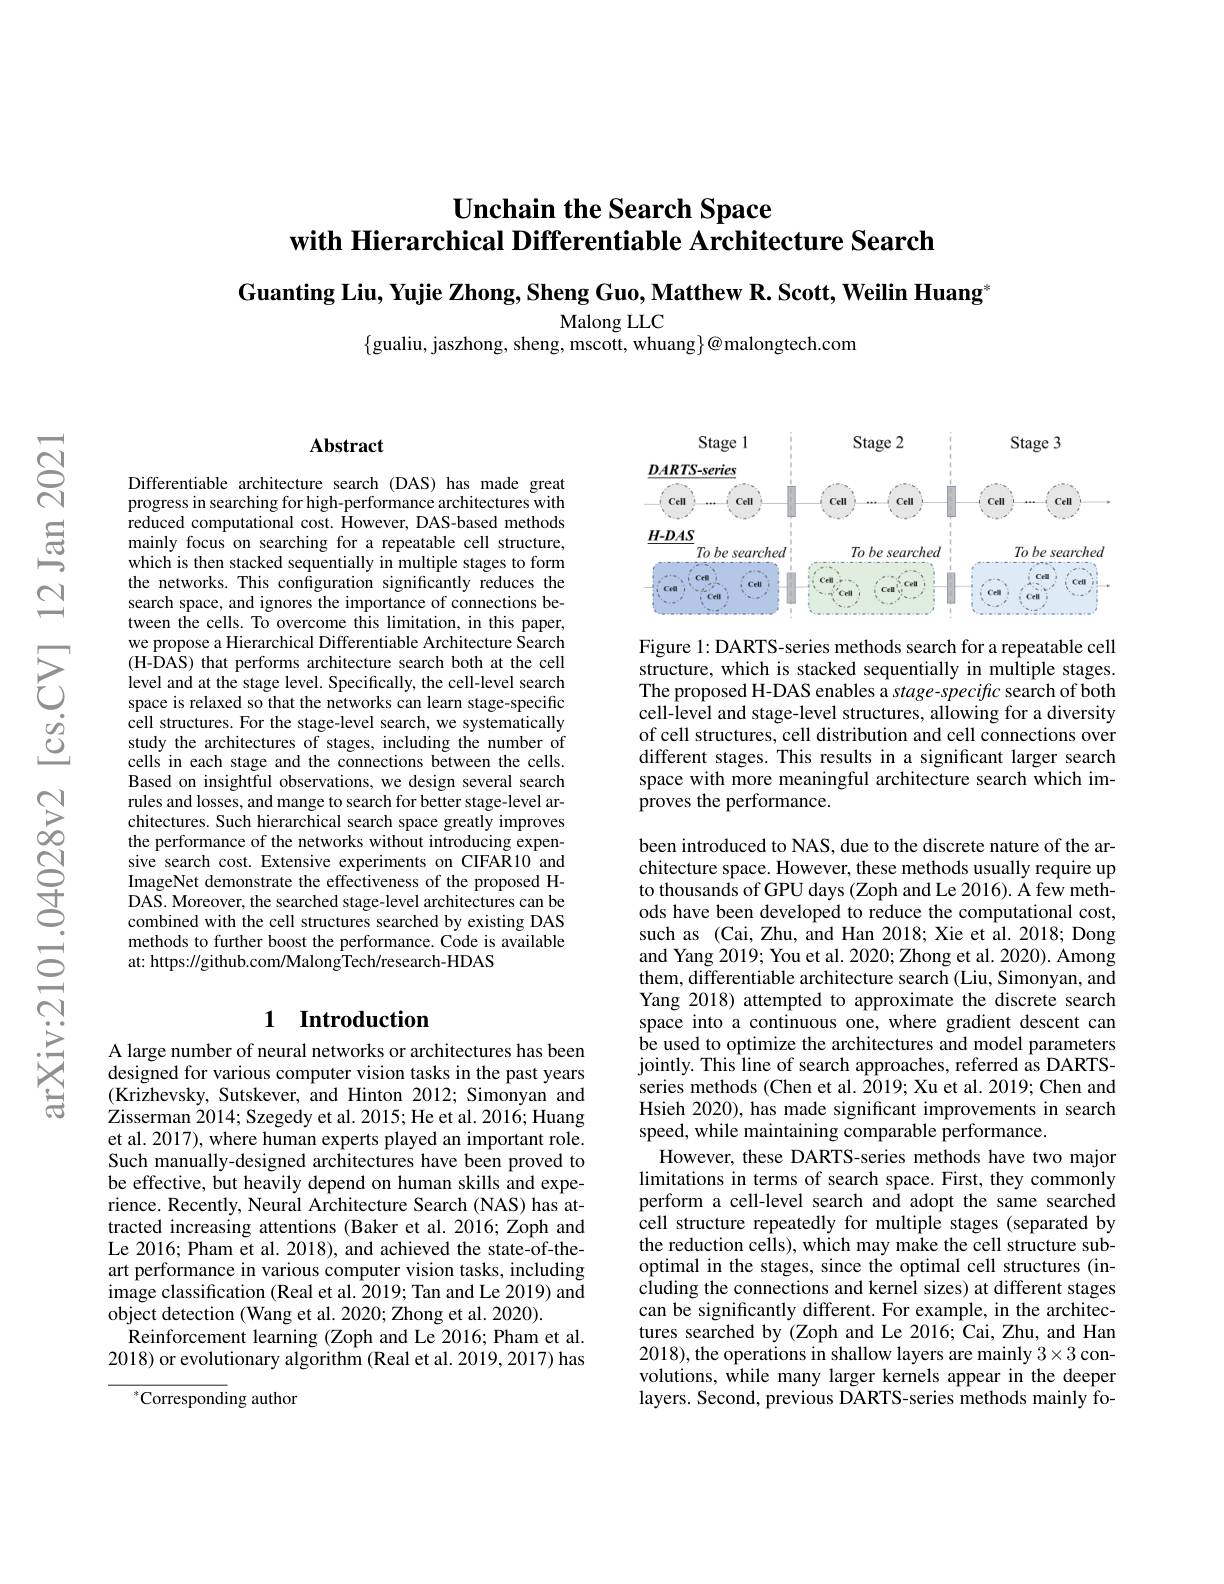
# Unchain the Search Space with Hierarchical Differentiable Architecture Search

Guanting Liu, Yujie Zhong, Sheng Guo, Matthew R. Scott, Weilin Huang

Malong LLC
$\{$gualiu, jaszhong, sheng, mscott, whuang$\}@$malongtech.com

### $\mathbf{Abstract}$

Differentiable architecture search (DAS) has made great progress in searching for high-performance architectures with reduced computational cost. However, DAS-based methods mainly focus on searching for a repeatable cell structure, which is then stacked sequentially in multiple stages to form the networks. This configuration significantly reduces the search space, and ignores the importance of connections between the cells. To overcome this limitation, in this paper, we propose a Hierarchical Differentiable Architecture Search (H-DAS) that performs architecture search both at the cell level and at the stage level. Specifically, the cell-level search space is relaxed so that the networks can learn stage-specific cell structures. For the stage-level search, we systematically study the architectures of stages, including the number of cells in each stage and the connections between the cells. Based on insightful observations, we design several search rules and losses, and mange to search for better stage-level architectures. Such hierarchical search space greatly improves the performance of the networks without introducing expensive search cost. Extensive experiments on CIFAR10 and ImageNet demonstrate the effectiveness of the proposed HDAS. Moreover, the searched stage-level architectures can be combined with the cell structures searched by existing DAS methods to further boost the performance. Code is available at: https://github.com/MalongTech/research-HDAS

## 1 Introduction

A large number of neural networks or architectures has been designed for various computer vision tasks in the past years (Krizhevsky, Sutskever, and Hinton 2012; Simonyan and Zisserman 2014; Szegedy et al. 2015; He et al. 2016; Huang et al. 2017), where human experts played an important role. Such manually-designed architectures have been proved to be effective, but heavily depend on human skills and experience. Recently, Neural Architecture Search (NAS) has attracted increasing attentions (Baker et al.2016; Zoph and Le 2016; Pham et al. 2018), and achieved the state-of-theart performance in various computer vision tasks, including image classification (Real et al. 2019; Tan and Le 2019) and object detection (Wang et al. 2020; Zhong et al. 2020).
Reinforcement learning (Zoph and Le 2016; Pham et al. 2018) or evolutionary algorithm (Real et al. 2019, 2017) has

$^*$Corresponding author

<FigureHere>

Figure 1: DARTS-series methods search for a repeatable cell structure, which is stacked sequentially in multiple stages. The proposed H-DAS enables a stage-specific search of both cell-level and stage-level structures, allowing for a diversity of cell structures, cell distribution and cell connections over different stages. This results in a significant larger search space with more meaningful architecture search which improves the performance.

been introduced to NAS, due to the discrete nature of the architecture space. However, these methods usually require up to thousands of GPU days (Zoph and Le 2016). A few methods have been developed to reduce the computational cost, such as (Cai, Zhu, and Han 2018; Xie et al. 2018; Dong and Yang 2019; You et al. 2020; Zhong et al. 2020). Among them, differentiable architecture search (Liu, Simonyan, and Yang 2018) attempted to approximate the discrete search space into a continuous one, where gradient descent can be used to optimize the architectures and model parameters jointly. This line of search approaches, referred as DARTSseries methods (Chen et al. 2019; Xu et al. 2019; Chen and Hsieh 2020), has made significant improvements in search speed, while maintaining comparable performance.
However, these DARTS-series methods have two major limitations in terms of search space. First, they commonly perform a cell-level search and adopt the same searched cell structure repeatedly for multiple stages (separated by the reduction cells), which may make the cell structure suboptimal in the stages, since the optimal cell structures (including the connections and kernel sizes) at different stages can be significantly different. For example, in the architectures searched by (Zoph and Le 2016; Cai, Zhu, and Han 2018), the operations in shallow layers are mainly $3\times3$ convolutions, while many larger kernels appear in the deeper layers. Second, previous DARTS-series methods mainly fo-